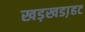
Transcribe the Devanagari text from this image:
खड़खडा़हट